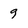
Character: 9